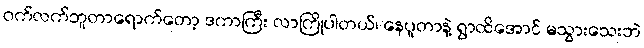
ဝက်လက်ဘူတာရောက်တော့ ဒကာကြီး လာကြိုပါတယ်၊ နေပူတာနဲ့ ရွာထိအောင် မသွားသေးဘဲ